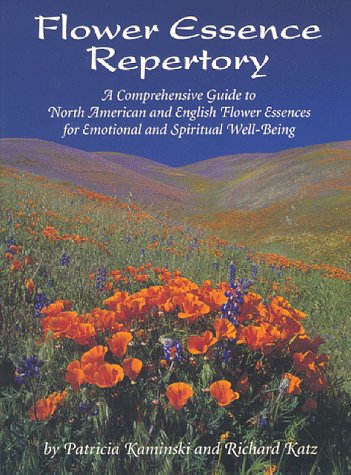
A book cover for Flower Essence Repertory:  A Comprehensive Guide to North American and English Flower Essences for Emotional and Spiritual Well-Being; Patricia Kaminski; Health, Fitness & Dieting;